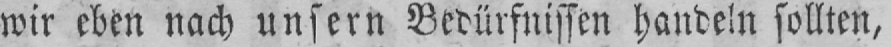
wir eben nach unsern Bedürfnissen handeln sollten,